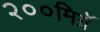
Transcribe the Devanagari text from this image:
२००मिग्रॅ